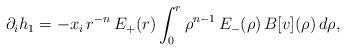
LaTeX: \begin{align*}\partial_i h_1=-x_i\,r^{-n}\,E_+(r)\int_0^r \rho^{n-1}\,E_-(\rho)\,B[v](\rho)\,d\rho,\end{align*}